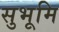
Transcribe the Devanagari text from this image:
सुभूमि